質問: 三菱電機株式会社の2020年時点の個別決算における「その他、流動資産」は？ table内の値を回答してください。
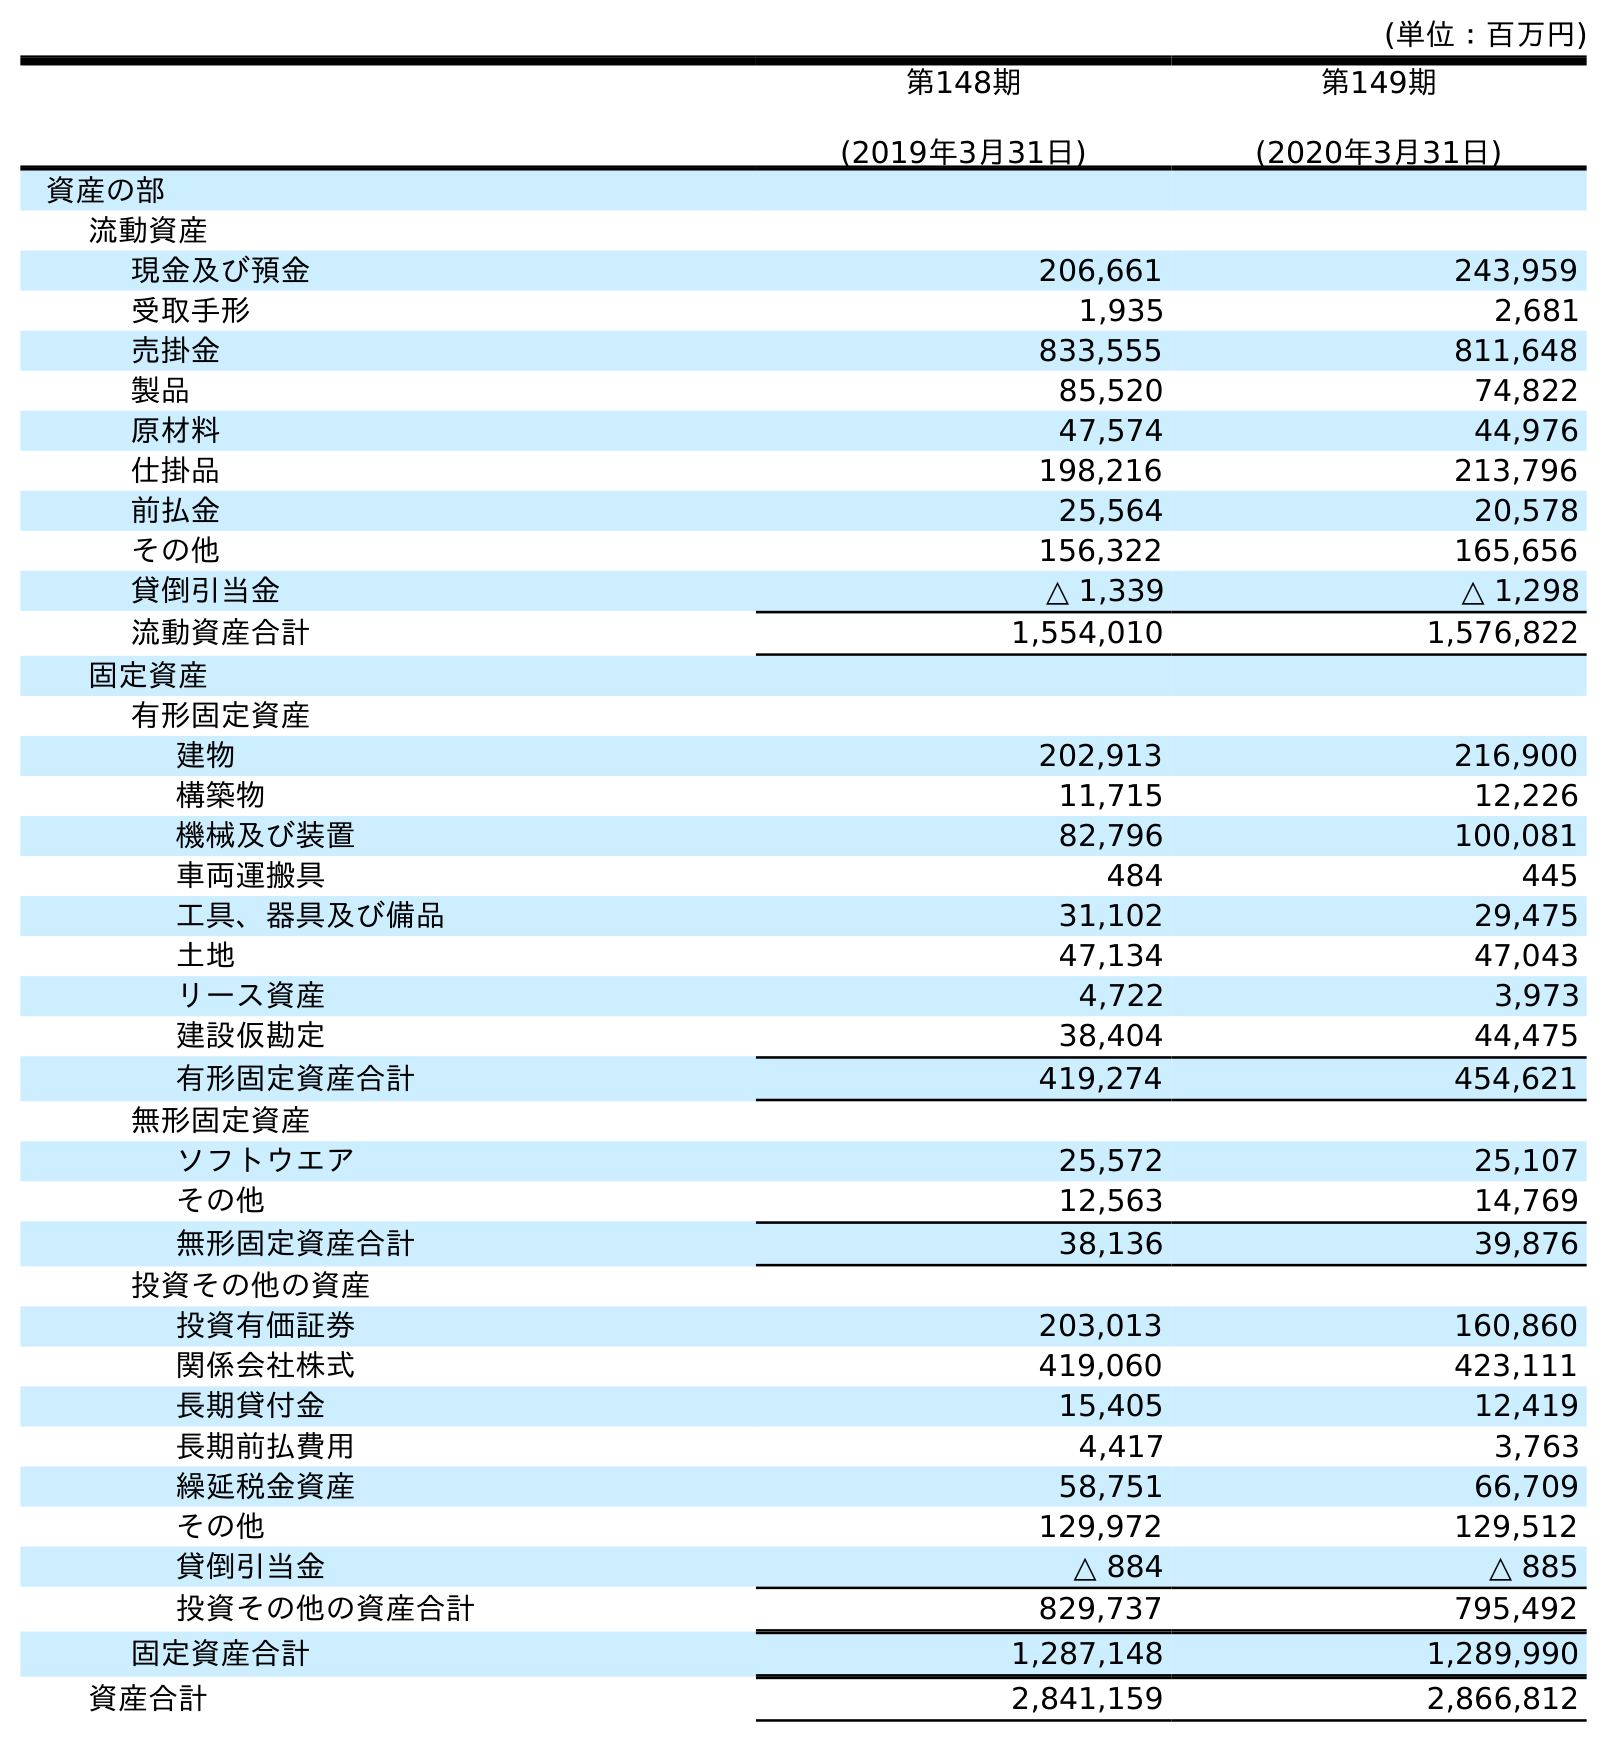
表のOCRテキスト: (単位：百万円) 第148期 (2019年3月31日) 第149期 (2020年3月31日) 資産の部 流動資産 現金及び預金 206,661 243,959 受取手形 1,935 2,681 売掛金 833,555 811,648 製品 85,520 74,822 原材料 47,574 44,976 仕掛品 198,216 213,796 前払金 25,564 20,578 その他 156,322 165,656 貸倒引当金 △ 1,339 △ 1,298 流動資産合計 1,554,010 1,576,822 固定資産 有形固定資産 建物 202,913 216,900 構築物 11,715 12,226 機械及び装置 82,796 100,081 車両運搬具 484 445 工具、器具及び備品 31,102 29,475 土地 47,134 47,043 リース資産 4,722 3,973 建設仮勘定 38,404 44,475 有形固定資産合計 419,274 454,621 無形固定資産 ソフトウエア 25,572 25,107 その他 12,563 14,769 無形固定資産合計 38,136 39,876 投資その他の資産 投資有価証券 203,013 160,860 関係会社株式 419,060 423,111 長期貸付金 15,405 12,419 長期前払費用 4,417 3,763 繰延税金資産 58,751 66,709 その他 129,972 129,512 貸倒引当金 △ 884 △ 885 投資その他の資産合計 829,737 795,492 固定資産合計 1,287,148 1,289,990 資産合計 2,841,159 2,866,812
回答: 165,656